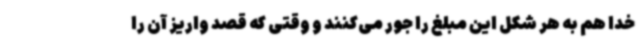
خدا هم به هر شکل این مبلغ را جور می‌کنند و وقتی که قصد واریز آن را